Report on the lunatic asylums under the Government of Bombay - 1904-1913
Year: 1904
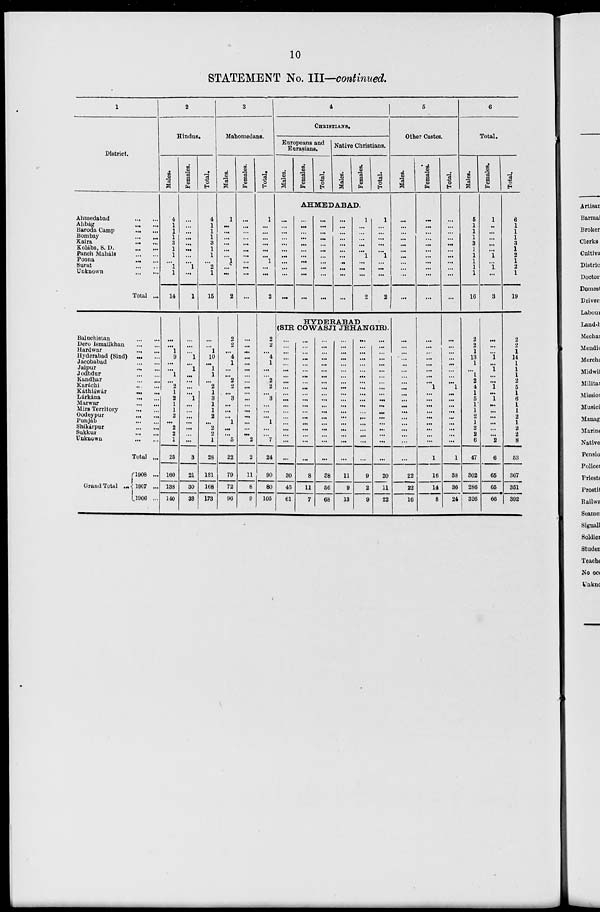
10
STATEMENT No. III—continued.
1
District.
Ahmedabad ... ...
Alibág ... ...
Baroda Camp
... ...
Bombay ... ...
Kaira ... ...
Kolába, S. D. ... ...
Panch Maháls ... ...
Poona
...
...
Surat ... ...
Unknown ... ...
Total ...
Baluchistan ... ...
Dero Ismailkhan ... ...
Hardwar ... ...
Hyderabad (Sind) ... ...
Jacobabad ... ...
Jaipur ... ...
Jodhdur ... ...
Kandhar ... ...
Karáchi ... ...
Káthiáwár ... ...
Lárkána ... ...
Marwar ... ...
Mirs Territory ... ...
Oodeypur ... ...
Punjáb ... ...
Shikárpur ... ...
Sukkur ... ...
Unknown ... ...
Total ...
Grand Total ...
1908 ...
1907 ...
1906 ...
2
Hindus.
Males.
4
1
1
1
3
1
1
...
1
1
14
...
...
1
9
...
...
1
...
2
1
2
1
1
2
...
2
2
1
25
160
138
140
Females.
...
...
...
...
...
...
...
... 1
...
1
...
...
...
1
...
1
...
...
...
...
1
...
...
...
...
...
...
...
3
21
30
33
Total.
4
1
1
1
3
1
1
... 2
1
15
...
...
1
10
...
1
1
...
2
1
3
1
1
2
...
2
2
1
28
181
168
173
3
Mahomedans.
Males.
1
...
...
...
...
...
...
1
...
...
2
2
2
...
4
1
...
...
2
2
...
3
...
...
...
1
...
...
5
22
79
72
96
Females.
...
...
...
...
...
...
...
...
...
...
...
...
...
...
...
...
...
...
...
...
...
...
...
...
...
...
...
...
2
2
11
8
9
Total.
1
...
...
...
...
...
...
1
...
...
2
2
2
...
4
1
...
...
2
2
...
3
...
...
...
1
...
...
7
24
90
80
105
4
CHRISTIANS.
Europeans and
Eurasians.
Males.
Females.
Total.
Native Christians.
Males.
Females.
Total.
AHMEDABAD.
...
...
...
...
...
...
...
...
...
...
...
...
...
...
...
...
...
...
...
...
...
...
...
...
...
...
...
...
...
...
...
...
...
...
...
...
...
...
...
...
...
...
...
...
1
...
...
...
...
...
1
...
...
...
2
1
...
...
...
...
...
1
...
...
...
2
HYDERABAD
(SIR COWASJI JEHANGIR).
...
...
...
...
...
...
...
...
...
...
...
...
...
...
...
...
...
...
...
30
45
61
...
...
...
...
...
...
...
...
...
...
...
...
...
...
...
...
...
...
...
8
11
7
...
...
...
...
...
...
...
...
...
...
...
...
...
...
...
...
...
...
...
38
56
68
...
...
...
...
...
...
...
...
...
...
...
...
...
...
...
...
...
...
...
11
9
13
...
...
...
...
...
...
...
...
...
...
...
...
...
...
...
...
...
...
...
9
2
9
...
...
...
...
...
...
...
...
...
...
...
...
...
...
...
...
...
...
...
20
11
22
5
Other Castes.
Males.
...
...
...
...
...
...
...
...
...
...
...
...
...
...
...
...
...
...
...
...
...
...
...
...
...
...
...
...
...
...
22
22
16
Females.
...
...
...
...
...
...
...
...
...
...
...
...
...
...
...
...
...
...
...
1
...
...
...
...
...
...
...
...
...
1
16
14
8
Total.
...
...
...
...
...
...
...
...
...
...
...
...
...
...
...
...
...
...
...
1
...
...
...
...
...
...
...
...
...
1
38
36
24
6
Total.
Males.
5
1
1
1
3
1
1
1
1
1
16
2
2
1
13
1
...
1
2
4
1
5
1
1
2
1
2
2
6
47
302
286
326
Females.
1
...
...
...
...
...
1
... 1
...
3
...
...
...
1
...
1
...
...
1
...
1
...
...
...
...
...
...
2
6
65
65
66
Total.
6
1
1
1
3
1
2
1
2
1
19
2
2
1
14
1
1
1
2
5
1
6
1
1
2
1
2
2
8
53
367
351
392